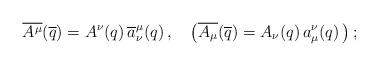
\begin{align*}\overline{A^{\mu}}(\overline{q})=A^{\nu}(q)\,\overline{a}^{\mu}_{\nu}(q)\,, \quad\left(\overline{A_{\mu}}(\overline{q})=A_{\nu}(q)\,{a}_{\mu}^{\nu}(q)\, \right); \end{align*}